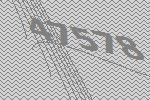
47578